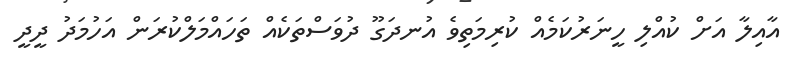
އާއިލާ އަށް ކުއްލި ހީނަރުކަމެއް ކުރިމަތިވެ އުނދަގޫ ދުވަސްތަކެއް ތަހައްމަލްކުރަން އަހުމަދު ދީދީ